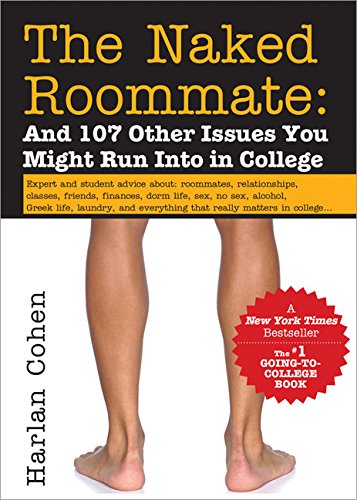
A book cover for The Naked Roommate: And 107 Other Issues You Might Run Into in College (Naked Roomate); Harlan Cohen; Education & Teaching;